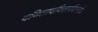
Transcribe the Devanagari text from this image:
दयितादयितार्यदान्तेः।